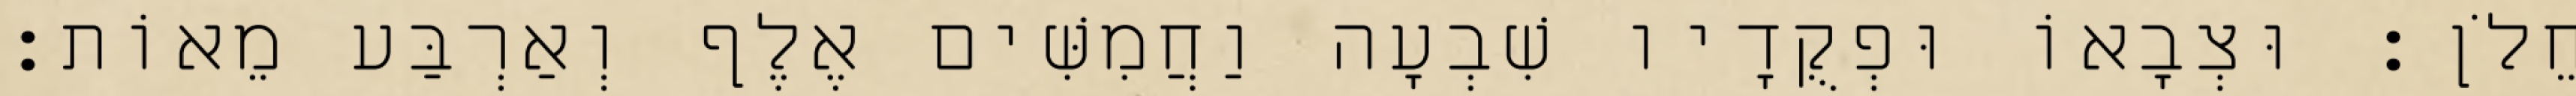
חֵלֹן׃ וּצְבָאוֹ וּפְקֻדָיו שִׁבְעָה וַחֲמִשִּׁים אֶלֶף וְאַרְבַּע מֵאוֹת׃